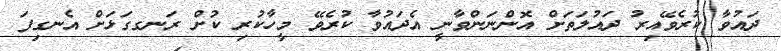
ދައުވާ ކުރެވޭއިރު ދައުލަތަށް އޮންނަންވާނީ އެދައުވާ ކުރެވޭ މީހާކުރި ކުށް ރަނގގަޅަށް އެނގިފަ